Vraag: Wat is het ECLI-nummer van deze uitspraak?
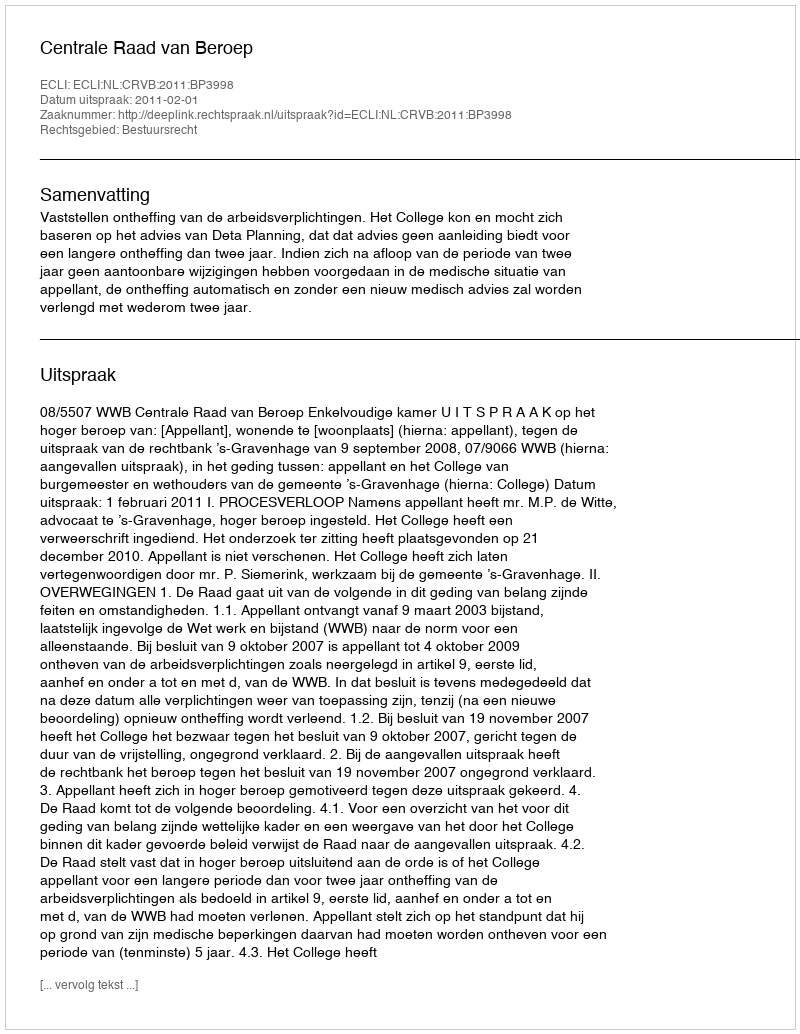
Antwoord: ECLI:NL:CRVB:2011:BP3998